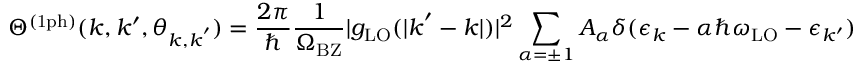
\Theta ^ { \mathrm { ( 1 p h ) } } ( k , k ^ { \prime } , \theta _ { \boldsymbol { k } , \boldsymbol { k } ^ { \prime } } ) = \frac { 2 \pi } { \hbar } \frac { 1 } { \Omega _ { \mathrm { B Z } } } | g _ { \mathrm { L O } } ( | \boldsymbol { k } ^ { \prime } - \boldsymbol { k } | ) | ^ { 2 } \sum _ { \alpha = \pm 1 } A _ { \alpha } \delta ( \epsilon _ { k } - \alpha \hbar \omega _ { \mathrm { L O } } - \epsilon _ { k ^ { \prime } } )